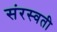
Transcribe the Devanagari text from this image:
संरस्वती